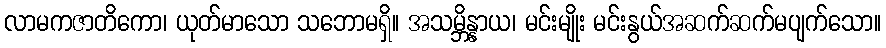
လာမကဇာတိကော၊ ယုတ်မာသော သဘောမရှိ။ အသမ္ဘိန္နာယ၊ မင်းမျိုး မင်းနွယ်အဆက်ဆက်မပျက်သော။